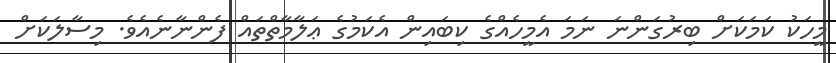
މީހަކު ކަމަކަށް ބިރުގަންނަ ނަމަ އެމީހެއްގެ ކިބައިން އެކަމުގެ ޢަލާމާތްތައް ފެންނާނެއެވެ. މިސާލަކަށް